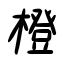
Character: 橙